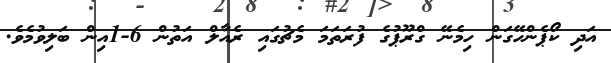
އަދި ކޯޕެންހޭގަން ހިމެނޭ ގްރޫޕުގެ ފުރަތަމަ މެޗުގައި ރެއާލް އަތުން 6-1އިން ބަލިވުމެވެ.